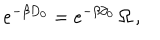
e ^ { - \beta D _ { 0 } } = e ^ { - \beta \partial _ { 0 } } \, \Omega \, ,